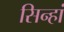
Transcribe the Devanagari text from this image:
सिन्हां